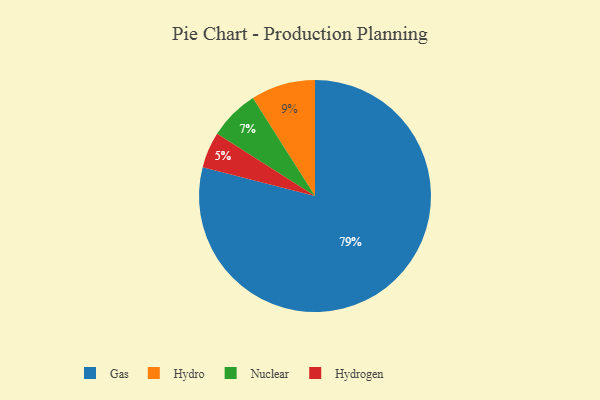
{"axis": {"x": "Category", "y": "Percentage"}, "legend": ["Gas", "Hydro", "Hydrogen", "Nuclear"], "data": [{"x": "Gas", "y": 79, "type": "Gas"}, {"x": "Hydro", "y": 9, "type": "Hydro"}, {"x": "Hydrogen", "y": 5, "type": "Hydrogen"}, {"x": "Nuclear", "y": 7, "type": "Nuclear"}]}